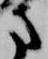
方